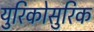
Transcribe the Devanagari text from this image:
युरिकोसुरिक